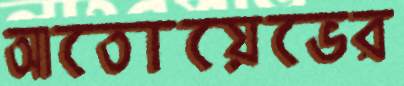
আতোয়েভের